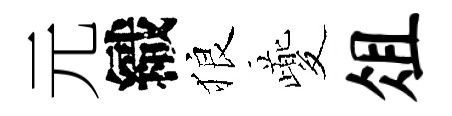
元織狼夔俎